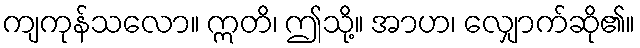
ကျကုန်သလော။ ဣတိ၊ ဤသို့။ အာဟ၊ လျှောက်ဆို၏။